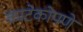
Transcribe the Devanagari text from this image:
काटेकोपणे